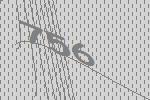
756